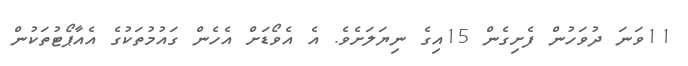
11ވަނަ ދުވަހުން ފެށިގެން 15އިގެ ނިޔަލަށެވެ. އެ އެވޯޑަށް އެހެން ގައުމުތަކުގެ އެއާޕޯޓުތަކުން